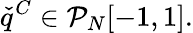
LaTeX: \check{q}^{C}\in\mathcal{P}_{N}[-1,1].